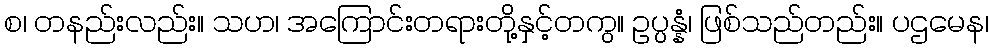
စ၊ တနည်းလည်း။ သဟ၊ အကြောင်းတရားတို့နှင့်တကွ။ ဥပ္ပန္နံ၊ ဖြစ်သည်တည်း။ ပဌမေန၊